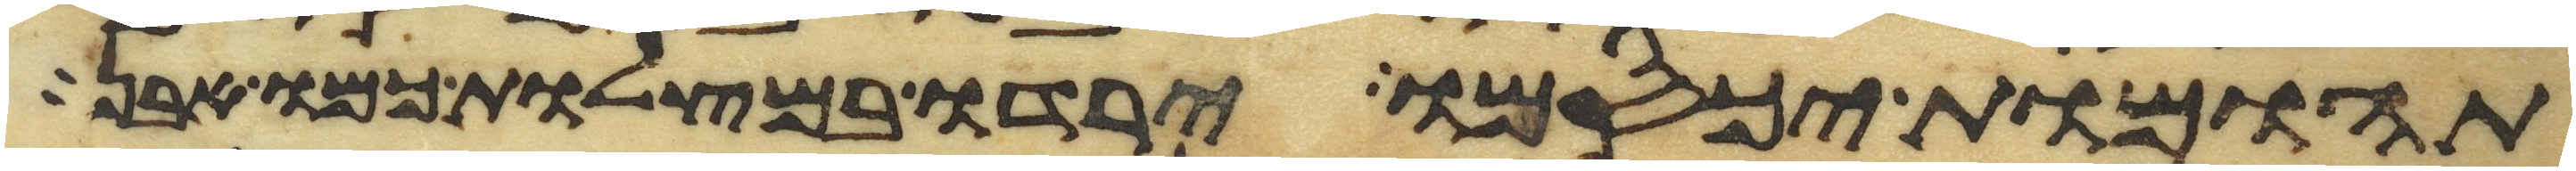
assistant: תהומות יכסמו ירדו במצלות כמו אבן